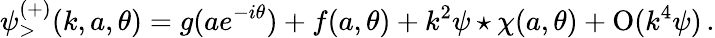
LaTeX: \psi_{>}^{(+)}(k,a,\theta)=g(ae^{-i\theta})+f(a,\theta)+k^{2}\psi\star\chi(a,\theta)+\mathrm{O}(k^{4}\psi)\, .